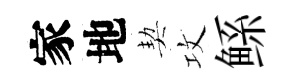
家地契攻鲧